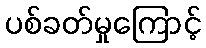
ပစ်ခတ်မှုကြောင့်